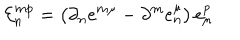
{ \cal E } _ { n } ^ { m p } = \left( \partial _ { n } e ^ { m \mu } - \partial ^ { m } e _ { n } ^ { \mu } \right) e _ { \mu } ^ { p }